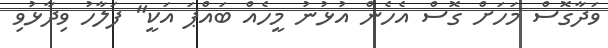
ވަދާގޮސް މަހަށް ގޮސް އެހެން އުޅުނު މީހެއް ބައްޕަ އަކީ" ފަލާހު ވިދާޅުވި